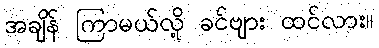
အချိန် ကြာမယ်လို့ ခင်ဗျား ထင်လား။